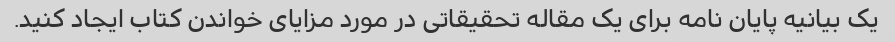
یک بیانیه پایان نامه برای یک مقاله تحقیقاتی در مورد مزایای خواندن کتاب ایجاد کنید.